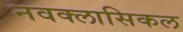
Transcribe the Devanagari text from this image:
नवक्लासिकल